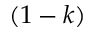
( 1 - k )